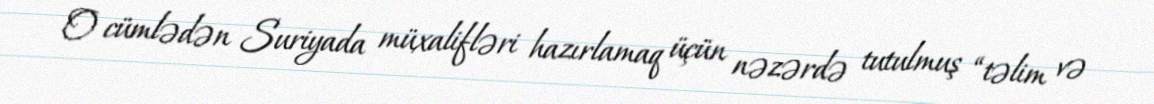
O cümlədən Suriyada müxalifləri hazırlamaq üçün nəzərdə tutulmuş “təlim və